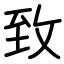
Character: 致